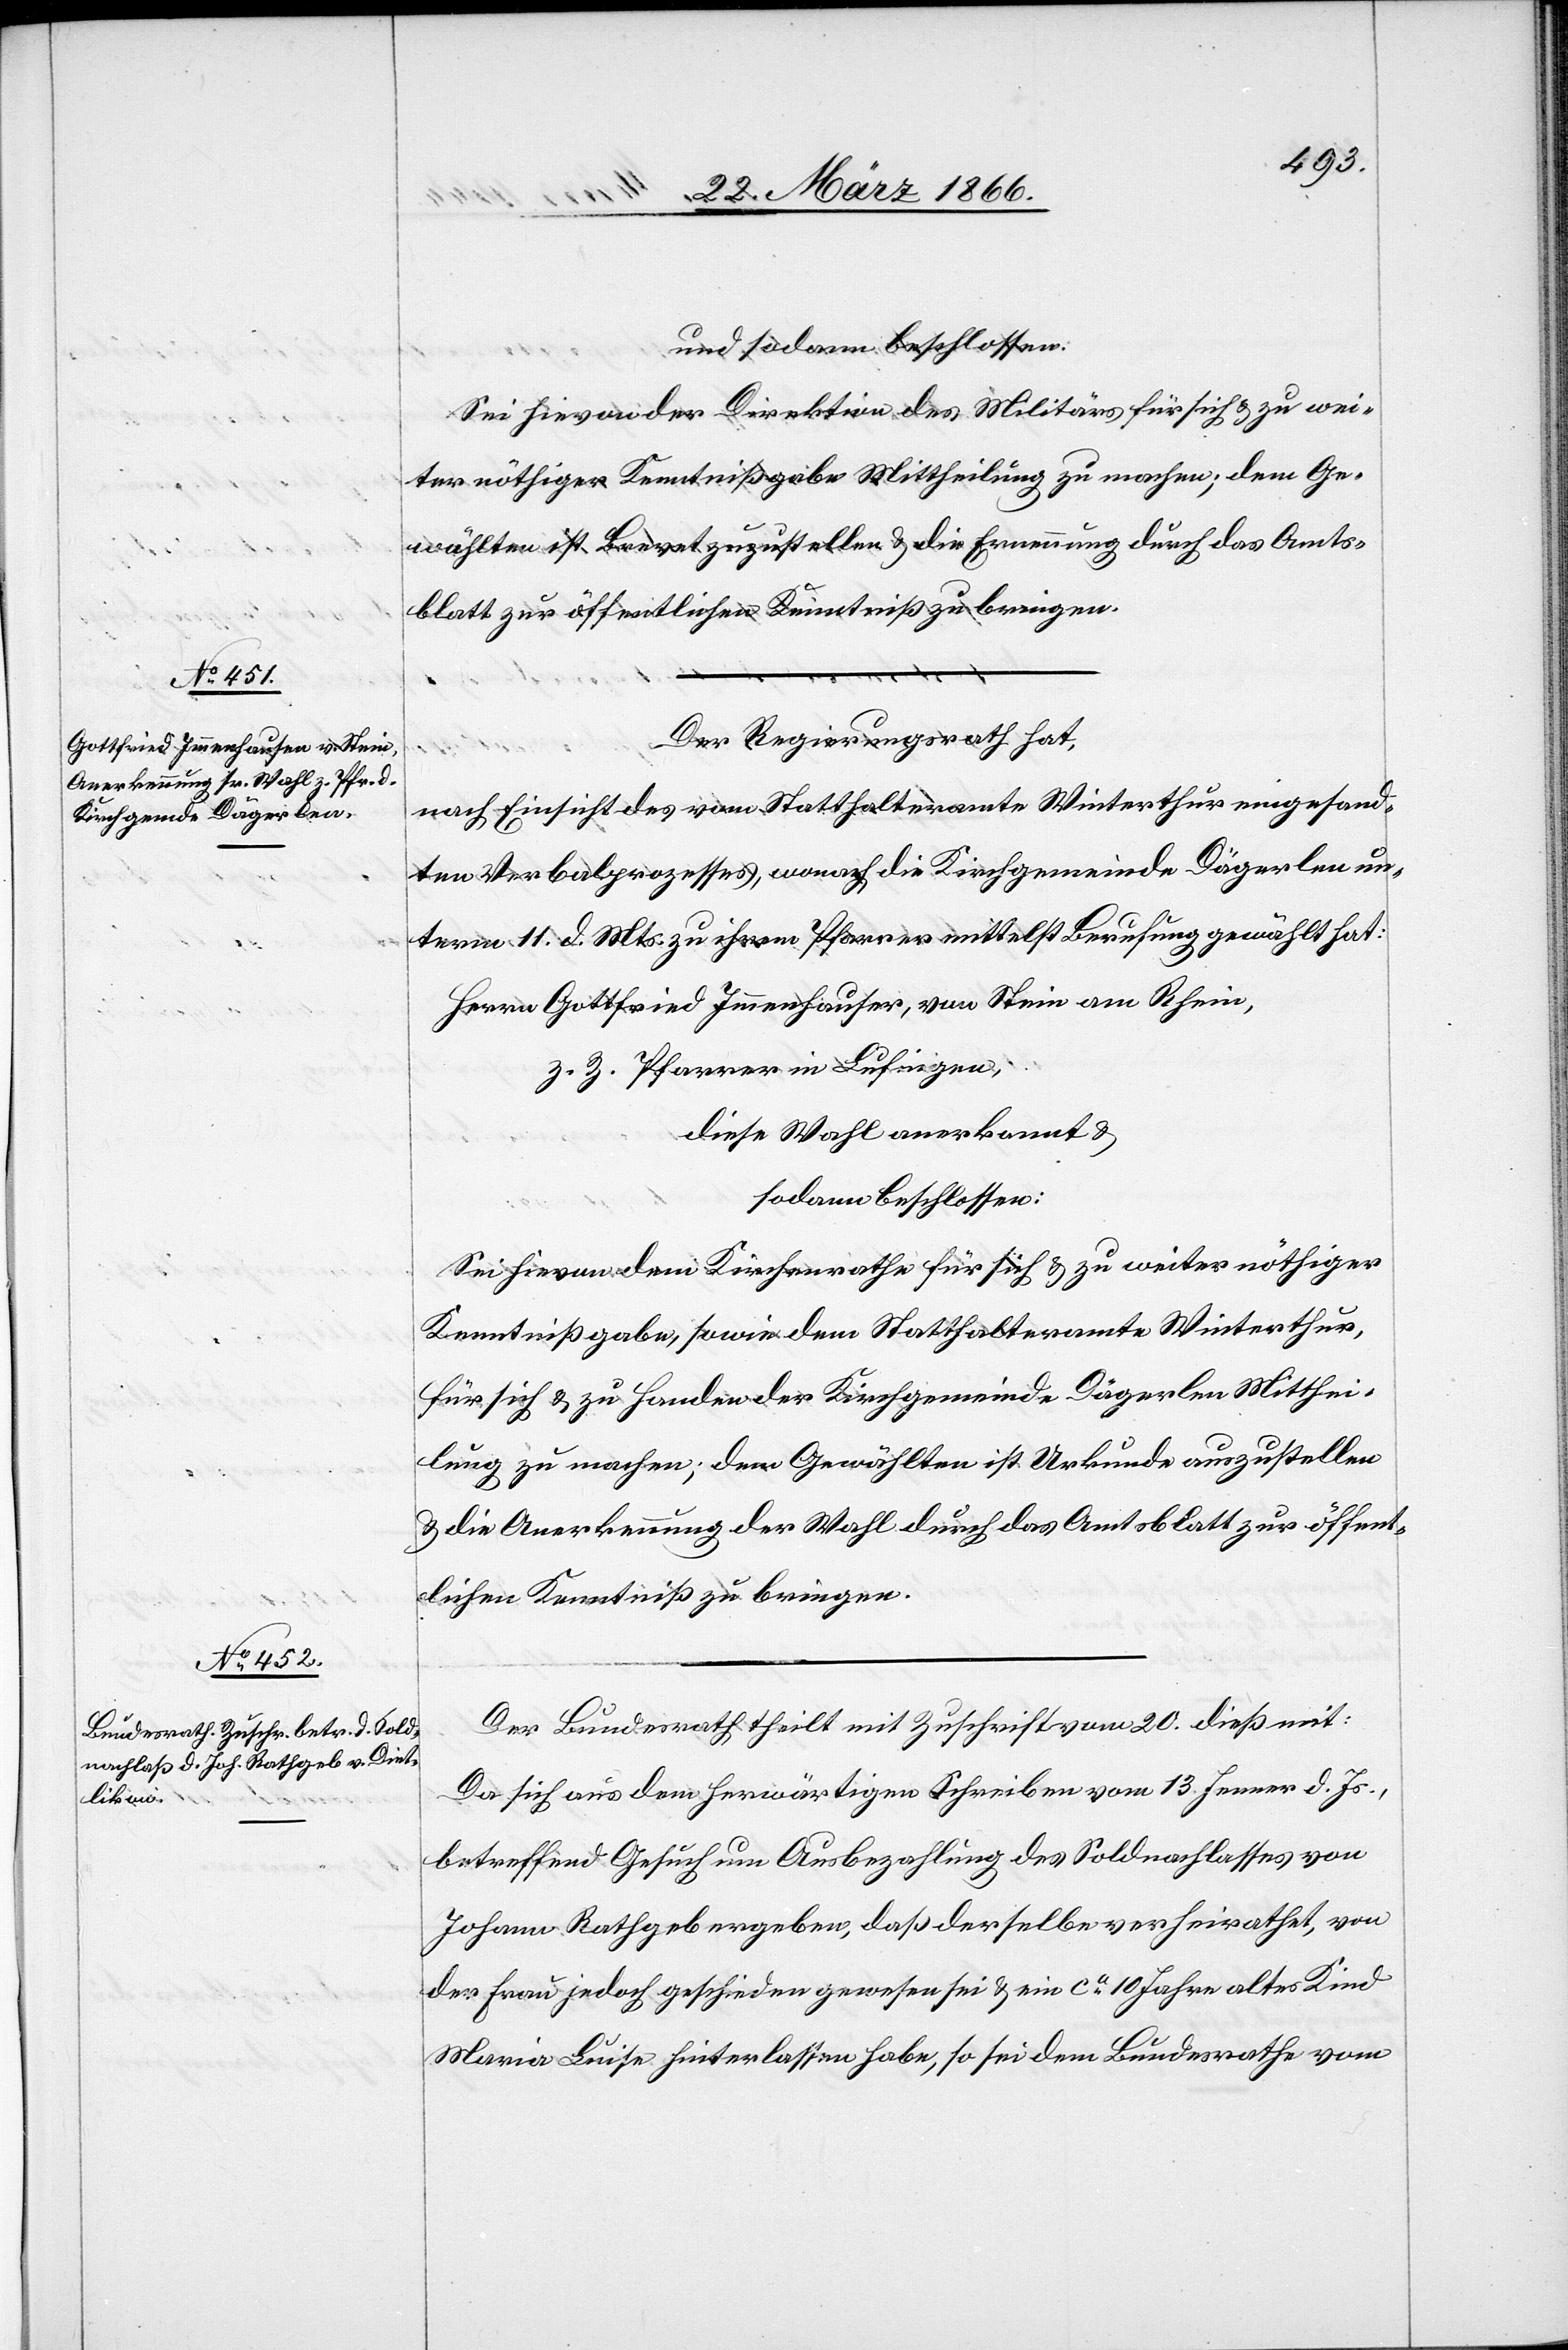
und sodann beschlossen:
Sei hievon der Direktion des Militärs für sich u. zu wei¬
ter nöthiger Kenntnißgabe Mittheilung zu machen; dem Ge¬
wählten ist Brevet zuzustellen u. die Ernennung durch das Amts¬
blatt zur öffentlichen Kenntniß zu bringen.
Der Regierungsrath hat,
nach Einsicht des vom Statthalteramte Winterthur eingesand¬
ten Verbalprozesses, wonach die Kirchgemeinde Dägerlen un¬
term 11. d. Mts. zu ihrem Pfarrer mittelst Berufung gewählt hat:
Herrn Gottfried Immenhausen, von Stein am Rhein,
z. Z. Pfarrer in Lufingen;
die Wahl anerkannt u.
sodann beschlossen:
Sei hievon dem Kirchenrathe für sich u. zu weiter nöthiger
Kenntnißgabe, sowie dem Statthalteramte Winterthur
für sich u. zu Handen der Kirchgemeinde Dägerlen Mitthei¬
lung zu machen; dem Gewählten ist Urkunde auszustellen
u. die Anerkennung der Wahl durch das Amtsblatt zur öffent¬
lichen Kenntniß zu bringen.
Der Bundesrath theilt mit Zuschrift vom 20. dieß mit:
Da sich aus dem herwärtigen Schreiben vom 13. Jenner d. Js.,
betreffend Gesuch um Ausbezahlung des Soldnachlasses von
Johann Rathgeb ergeben, daß derselbe verheirathet, von
der Frau jedoch geschieden gewesen u. ein ca. 10 Jahre altes Kind
Maria Luise hinterlassen habe, so sei dem Bundesrathe vom